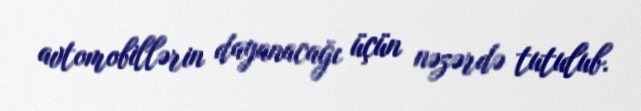
avtomobillərin dayanacağı üçün nəzərdə tutulub.